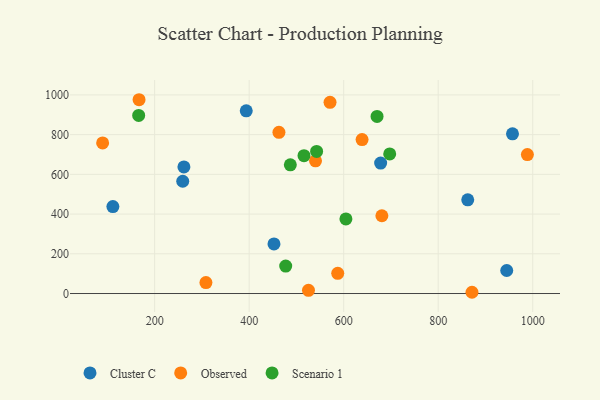
{"axis": {"x": "Study Hours", "y": "Yield"}, "legend": ["Cluster C", "Observed", "Scenario 1"], "data": [{"x": "111.6", "y": 437.9, "type": "Cluster C"}, {"x": "259.4", "y": 565.3, "type": "Cluster C"}, {"x": "957.2", "y": 804.3, "type": "Cluster C"}, {"x": "261.9", "y": 637.4, "type": "Cluster C"}, {"x": "862.5", "y": 471.9, "type": "Cluster C"}, {"x": "393.8", "y": 919.8, "type": "Cluster C"}, {"x": "678.2", "y": 656.7, "type": "Cluster C"}, {"x": "945.0", "y": 116.0, "type": "Cluster C"}, {"x": "452.5", "y": 249.8, "type": "Cluster C"}, {"x": "89.9", "y": 758.2, "type": "Observed"}, {"x": "988.7", "y": 699.8, "type": "Observed"}, {"x": "871.5", "y": 6.3, "type": "Observed"}, {"x": "571.1", "y": 962.7, "type": "Observed"}, {"x": "167.0", "y": 975.8, "type": "Observed"}, {"x": "540.4", "y": 668.1, "type": "Observed"}, {"x": "587.4", "y": 101.7, "type": "Observed"}, {"x": "638.9", "y": 775.3, "type": "Observed"}, {"x": "525.5", "y": 16.3, "type": "Observed"}, {"x": "680.8", "y": 391.7, "type": "Observed"}, {"x": "463.0", "y": 811.9, "type": "Observed"}, {"x": "308.5", "y": 54.9, "type": "Observed"}, {"x": "670.6", "y": 891.6, "type": "Scenario 1"}, {"x": "604.7", "y": 375.5, "type": "Scenario 1"}, {"x": "697.4", "y": 703.1, "type": "Scenario 1"}, {"x": "477.3", "y": 138.1, "type": "Scenario 1"}, {"x": "542.7", "y": 715.3, "type": "Scenario 1"}, {"x": "166.2", "y": 896.8, "type": "Scenario 1"}, {"x": "516.0", "y": 694.2, "type": "Scenario 1"}, {"x": "487.1", "y": 648.1, "type": "Scenario 1"}]}